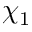
\chi _ { 1 }